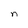
Character: n